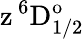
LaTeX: \mathrm{z\, ^{6}D_{1/2}^{o}}